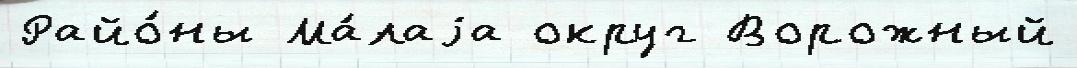
Райо́ны Ма́лаjа округ Ворожный